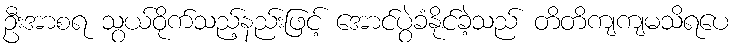
ဦးအာစရ သွယ်ဝိုက်သည့်နည်းဖြင့် အောင်ပွဲခံနိုင်ခဲ့သည် တိတိကျကျမသိရပေ